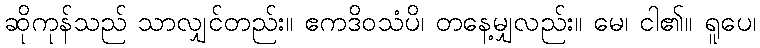
ဆိုကုန်သည် သာလျှင်တည်း။ ဧကဒိဝသံပိ၊ တနေ့မျှလည်း။ မေ၊ ငါ၏။ ရူပေ၊